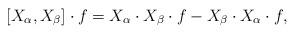
LaTeX: \begin{align*} [X_{\alpha}, X_{\beta}] \cdot f = X_{\alpha}\cdot X_{\beta}\cdot f - X_{\beta} \cdot X_{\alpha} \cdot f,\end{align*}